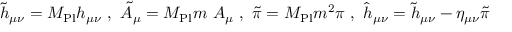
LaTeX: { \tilde { h } } _ { \mu \nu } = M _ { \mathrm { P l } } h _ { \mu \nu } \ , \ { \tilde { A } } _ { \mu } = M _ { \mathrm { P l } } m \ A _ { \mu } \ , \ { \tilde { \pi } } = M _ { \mathrm { P l } } m ^ { 2 } \pi \ , \ { \hat { h } } _ { \mu \nu } = { \tilde { h } } _ { \mu \nu } - \eta _ { \mu \nu } { \tilde { \pi } }